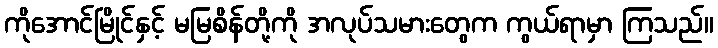
ကိုအောင်မြိုင်နှင့် မမြစိန်တို့ကို အလုပ်သမားတွေက ကွယ်ရာမှာ ကြသည်။